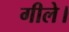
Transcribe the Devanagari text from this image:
गीले।